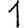
Digit: 1